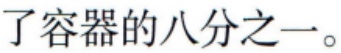
了容器的八分之一。